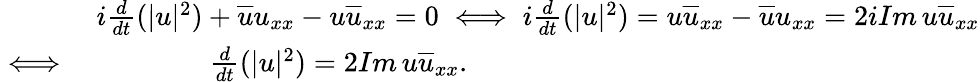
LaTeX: \begin{array}{rl}&{i\frac{d}{dt}(|u|^{2})+\overline{{u}}u_{xx}-u\overline{{u}}_{xx}=0\iff i\frac{d}{dt}(|u|^{2})=u\overline{{u}}_{xx}-\overline{{u}}u_{xx}=2iIm\, u\overline{{u}}_{xx}}\\ {\iff}&{\qquad\qquad\frac{d}{dt}(|u|^{2})=2Im\, u\overline{{u}}_{xx}.}\end{array}